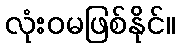
လုံးဝမဖြစ်နိုင်။